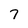
Character: 7